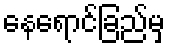
နေရောင်ခြည်မှ